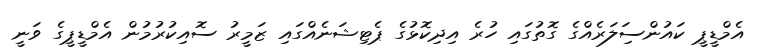
އެމްޑީޕީ ކައުންސިަލަރެއްގެ ގޮތުގައި ހުރެ އިދިކޮޅުގެ ޕެޓިޝަނެއްގައި ޒަމީރު ސޮއިކުރުމުން އެމްޑީޕީގެ ވަނީ